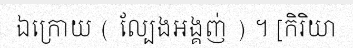
ឯក្រោយ ( ល្បែងអង្គញ់ ) ។ [កិរិយា